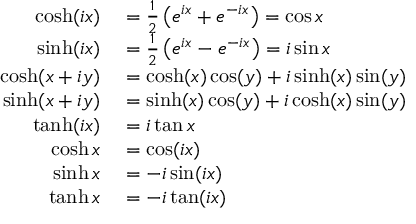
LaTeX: \begin{array} { r l } { \cosh ( i x ) } & { { } = { \frac { 1 } { 2 } } \left( e ^ { i x } + e ^ { - i x } \right) = \cos x } \\ { \sinh ( i x ) } & { { } = { \frac { 1 } { 2 } } \left( e ^ { i x } - e ^ { - i x } \right) = i \sin x } \\ { \cosh ( x + i y ) } & { { } = \cosh ( x ) \cos ( y ) + i \sinh ( x ) \sin ( y ) } \\ { \sinh ( x + i y ) } & { { } = \sinh ( x ) \cos ( y ) + i \cosh ( x ) \sin ( y ) } \\ { \operatorname { t a n h } ( i x ) } & { { } = i \tan x } \\ { \cosh x } & { { } = \cos ( i x ) } \\ { \sinh x } & { { } = - i \sin ( i x ) } \\ { \operatorname { t a n h } x } & { { } = - i \tan ( i x ) } \end{array}